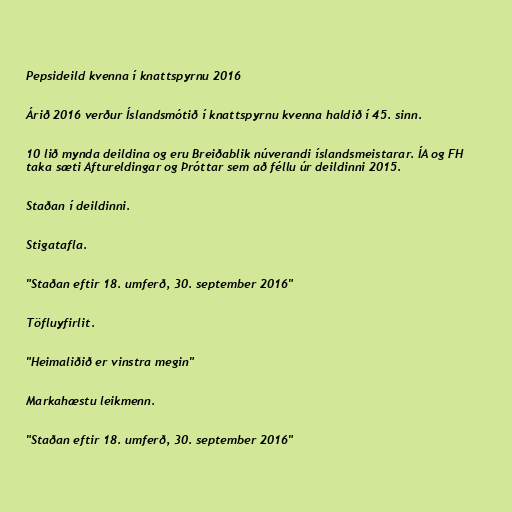
Pepsideild kvenna í knattspyrnu 2016

Árið 2016 verður Íslandsmótið í knattspyrnu kvenna haldið í 45. sinn.

10 lið mynda deildina og eru Breiðablik núverandi íslandsmeistarar. ÍA og FH
taka sæti Aftureldingar og Þróttar sem að féllu úr deildinni 2015.

Staðan í deildinni.

Stigatafla.

"Staðan eftir 18. umferð, 30. september 2016"

Töfluyfirlit.

"Heimaliðið er vinstra megin"

Markahæstu leikmenn.

"Staðan eftir 18. umferð, 30. september 2016"